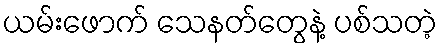
ယမ်းဖောက် သေနတ်တွေနဲ့ ပစ်သတဲ့